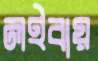
লইবায়